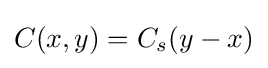
C(x,y)=C_{s}(y-x)